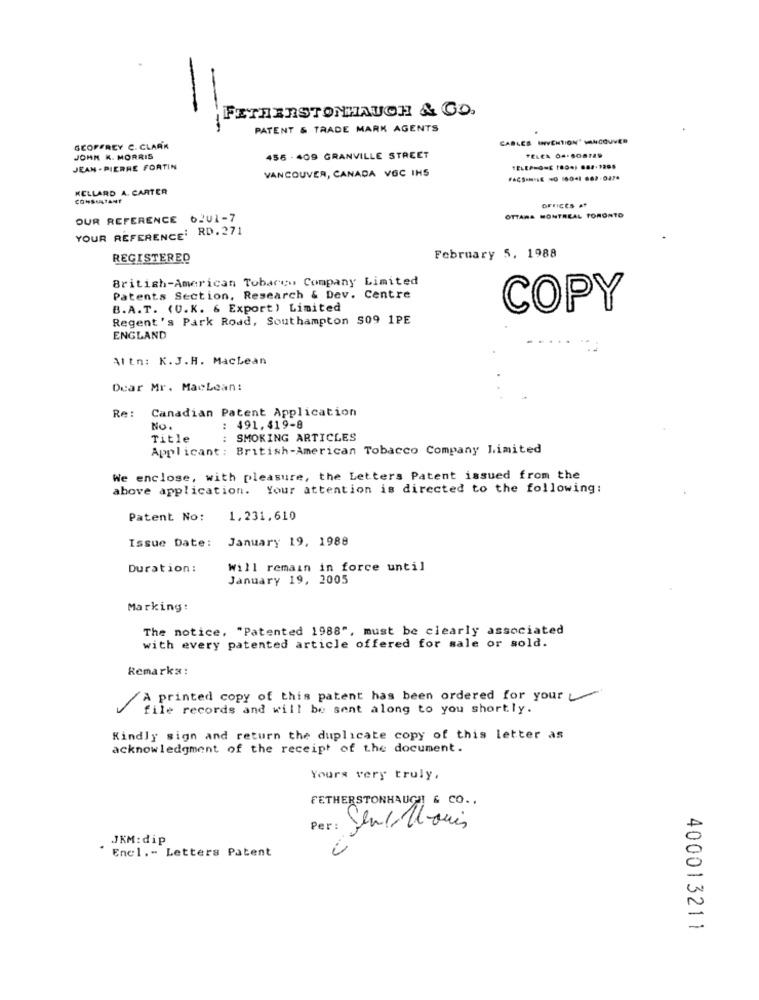
FEATHERSTONHAUCH & GO.
.-
PATENT & TRADE MARK AGENTS
CABLES INYCHTION" VANCOUVER
GEOFFREY C. CLARK
JOHN K. MORRIS
455 - 409 GRANVILLE STREET
PELEA 04-808725
JEAN-PIERRE FORTIN
VANCOUVER, CANADA VOC IHS
KELLARD A. CARTER
CONSULTANT
GFIICES AT
OTTAWA MONTREAL TORONTO
OUR REFERENCE 6201-7
YOUR REFERENCE' RD.271
REGISTERED
February 5. 1988
British-American Tobacco Company Limited
Patents Section, Research & Dev. Centre
B.A.T. (U.K. & Export) Limited
COPY
Regent's Park Road, Southampton $09 1PE
ENGLAND
Altn: K.J.H. Maclean
Dear Mr. MacLean:
Re:
Canadian Patent Application
NO.
:
491.419-8
Title
SMOKING ARTICLES
Applicant : British-American Tobacco Company Limited
We enclose, with pleasure, the Letters Patent issued from the
above application. Your attention is directed to the following:
Patent No:
1.231,610
Issue Date:
January 19, 1988
Duration :
Will remain in force until
January 19, 2005
Marking:
The notice, "Patented 1988", must be clearly associated
with every patented article offered for sale or sold.
Remarks:
/A printed copy of this patent has been ordered for your
file records and will be sent along to you shortly.
Kindly sign and return the duplicate copy of this letter as
acknowledgment of the receipt of the document.
Yours very truly,
FETHERSTONHAUGH & CO ..
Per : Sendtlouis
JKM: dip
Encl .- Letters Patent
400013211